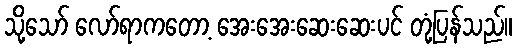
သို့သော် လော်ရာကတော့ အေးအေးဆေးဆေးပင် တုံ့ပြန်သည်။